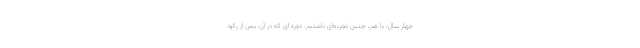
چهار سال، با هم‌، چنین تجربه‌ای داشتیم. دوره ای که در آن، پس از رکود